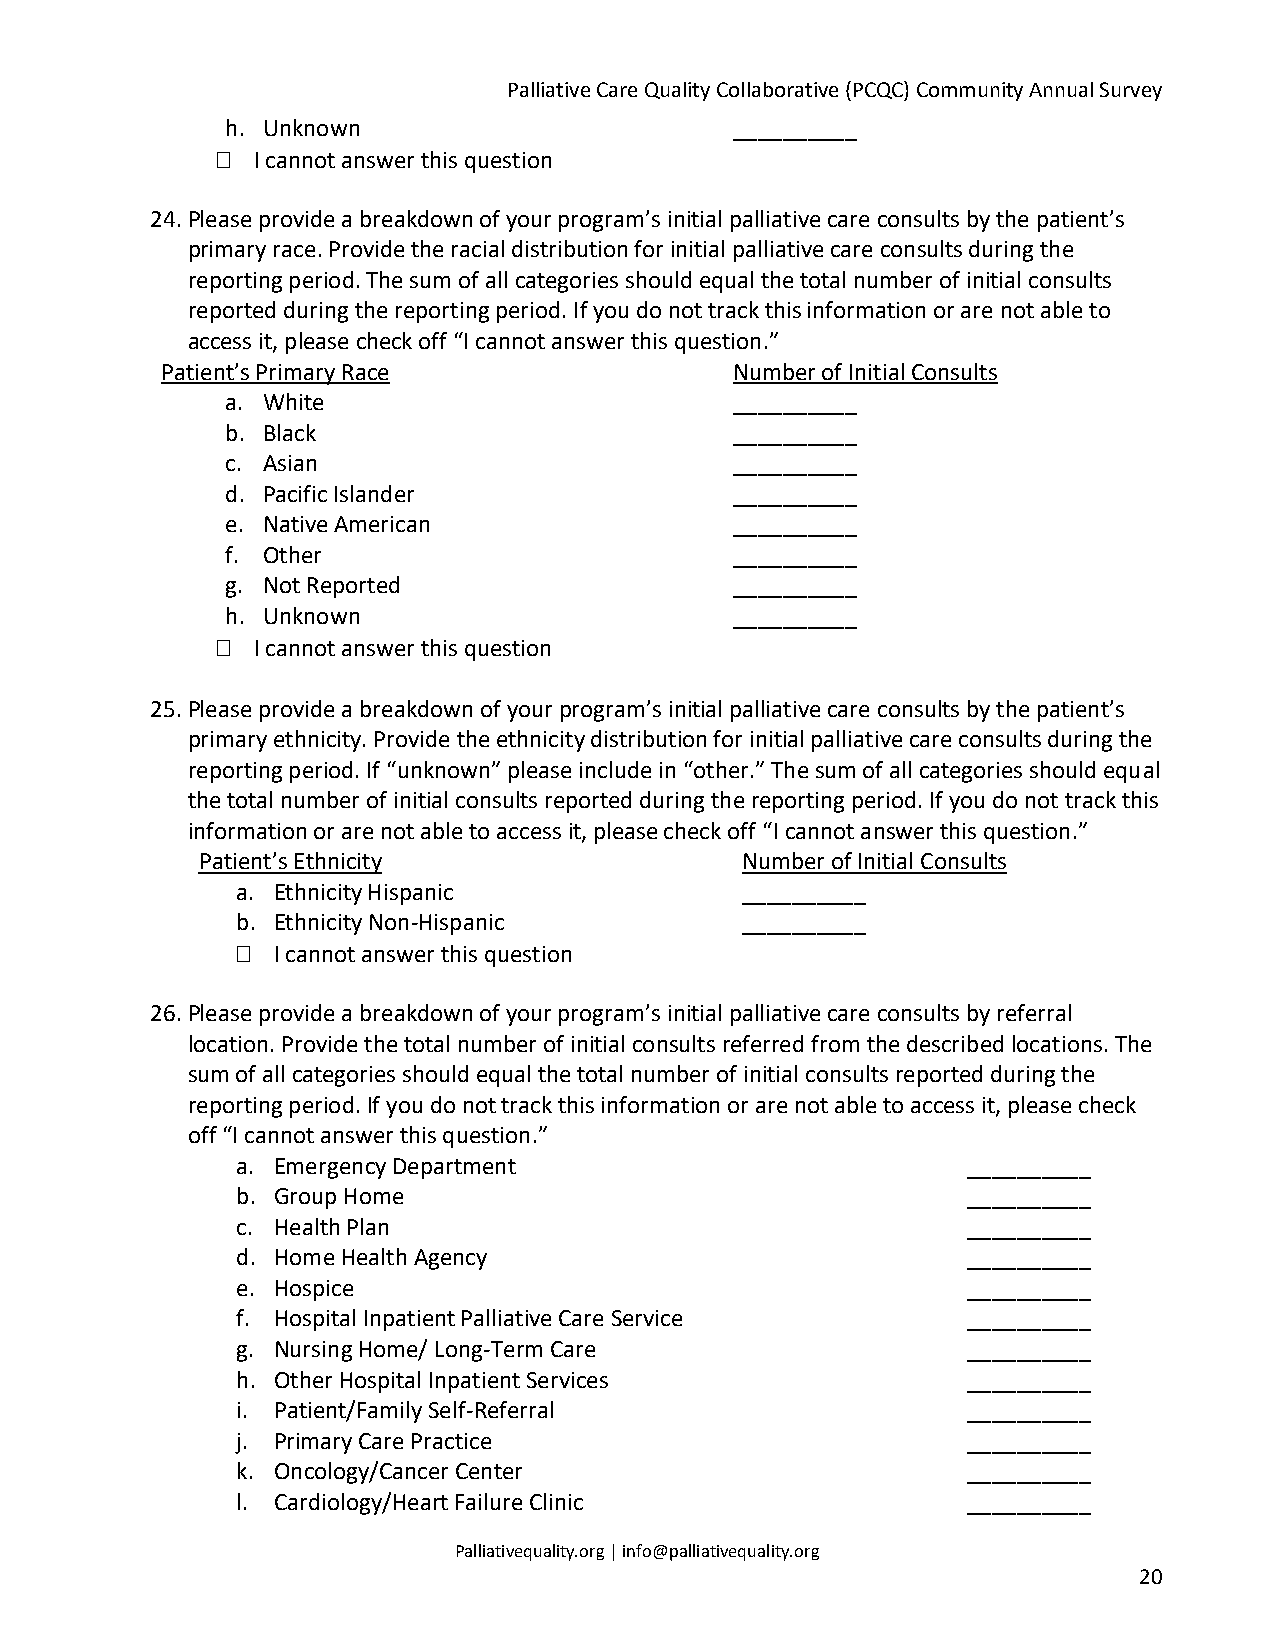
Palliative Care Quality Collaborative (PCQC) Community Annual Survey
 h. Unknown                        __________
   I cannot answer this question
 24.Please provide a breakdown of your program’s initial palliative care consults by the patient’s
 primary race. Provide the racial distribution for initial palliative care consults during the
 reporting period. The sum of all categories should equal the total number of initial consults
 reported during the reporting period. If you do not track this information or are not able to
 access it, please check off “I cannot answer this question.”
 Patient’s Primary Race                Number of Initial Consults
 a. White                          __________
 b. Black                          __________
 c. Asian                          __________
 d. Pacific Islander               __________
 e. Native American                __________
 f. Other                          __________
 g. Not Reported                   __________
 h. Unknown                        __________
   I cannot answer this question
 25.Please provide a breakdown of your program’s initial palliative care consults by the patient’s
 primary ethnicity. Provide the ethnicity distribution for initial palliative care consults during the
 reporting period. If “unknown” please include in “other.” The sum of all categories should equal
 the total number of initial consults reported during the reporting period. If you do not track this
 information or are not able to access it, please check off “I cannot answer this question.”
 Patient’s Ethnicity                 Number of Initial Consults
 a. Ethnicity Hispanic            __________
 b. Ethnicity Non-Hispanic        __________
  I cannot answer this question
 26.Please provide a breakdown of your program’s initial palliative care consults by referral
 location. Provide the total number of initial consults referred from the described locations. The
 sum of all categories should equal the total number of initial consults reported during the
 reporting period. If you do not track this information or are not able to access it, please check
 off “I cannot answer this question.”
 a. Emergency Department                         __________
 b. Group Home                                   __________
 c. Health Plan                                  __________
 d. Home Health Agency                           __________
 e. Hospice                                      __________
 f. Hospital Inpatient Palliative Care Service   __________
 g. Nursing Home/ Long-Term Care                 __________
 h. Other Hospital Inpatient Services            __________
 i. Patient/Family Self-Referral                 __________
 j. Primary Care Practice                        __________
 k. Oncology/Cancer Center                       __________
 l. Cardiology/Heart Failure Clinic              __________
 Palliativequality.org | info@palliativequality.org
 20